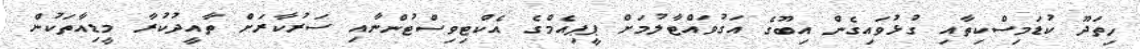
ހިތަދޫ ކުޑަމިސްކިތާއި ގުޅުވައިގެން އިބޫގެ އަގުވައްޓާލުމަށް ޕީޕިއެމްގެ އެކްޓިވިސްޓުންނާއި ސަަރުކާރަށް ތާއީދުކުރާ މީޑިއާތަކުން